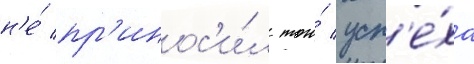
н'е́ пр'инос'и́л того́ усп'е́ха